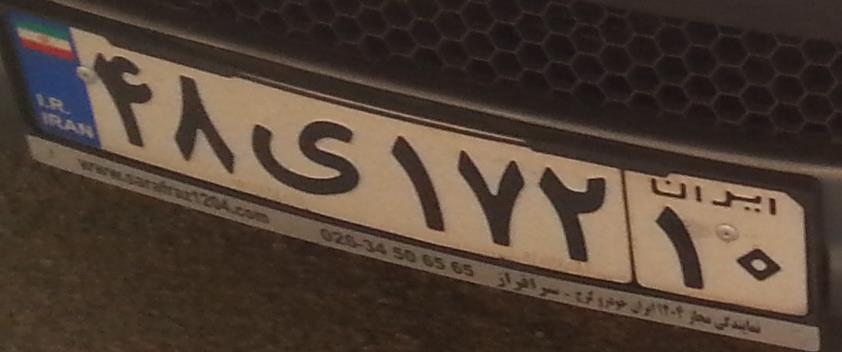
۴۸ی۱۷۲۱۰